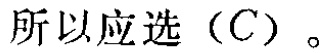
所以应选（C）。